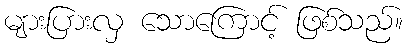
များပြားလှ သောကြောင့် ဖြစ်သည်။